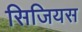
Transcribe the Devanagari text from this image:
सिजियस